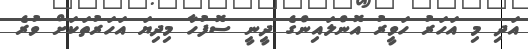
އަދި މި އަހަރު ހަވީރު އޮންލައިންގެ ދީނީ ސޮފުހާ މިދިޔަ އަހަރުތަކަށް ވުރެ